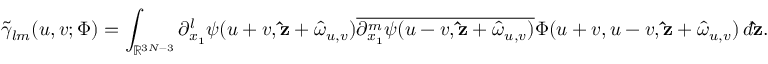
\tilde { \gamma } _ { l m } ( u , v ; \Phi ) = \int _ { \mathbb { R } ^ { 3 N - 3 } } \partial _ { x _ { 1 } } ^ { l } \psi ( u + v , \mathbf { \hat { z } } + \boldsymbol { \hat { \omega } } _ { u , v } ) \overline { { \partial _ { x _ { 1 } } ^ { m } \psi ( u - v , \mathbf { \hat { z } } + \boldsymbol { \hat { \omega } } _ { u , v } ) } } \Phi ( u + v , u - v , \mathbf { \hat { z } } + \boldsymbol { \hat { \omega } } _ { u , v } ) \, d \mathbf { \hat { z } } .